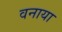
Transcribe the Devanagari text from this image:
वनाया